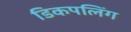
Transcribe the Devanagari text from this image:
डिकपलिंग